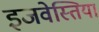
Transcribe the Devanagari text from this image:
इजवेस्तिया